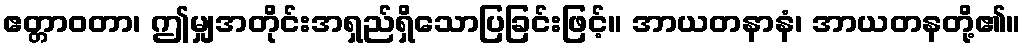
ဧတ္တာဝတာ၊ ဤမျှအတိုင်းအရှည်ရှိသောပြခြင်းဖြင့်။ အာယတနာနံ၊ အာယတနတို့၏။